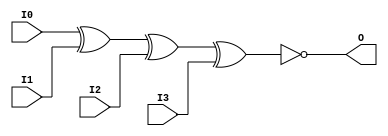
// $Header: /devl/xcs/repo/env/Databases/CAEInterfaces/verunilibs/data/uni9000/XNOR4.v,v 1.4 2007/05/23 20:05:17 patrickp Exp $
///////////////////////////////////////////////////////////////////////////////
// Copyright (c) 1995/2004 Xilinx, Inc.
// All Right Reserved.
///////////////////////////////////////////////////////////////////////////////
//   ____  ____
//  /   /\/   /
// /___/  \  /    Vendor : Xilinx
// \   \   \/     Version : 7.1i (H.19)
//  \   \         Description : Xilinx Functional Simulation Library Component
//  /   /                  4-input XNOR Gate
// /___/   /\     Filename : XNOR4.v
// \   \  /  \    Timestamp : Thu Mar 25 16:42:10 PST 2004
//  \___\/\___\
//
// Revision:
//    03/23/04 - Initial version.
//    05/23/07 - Changed timescale to 1 ps / 1 ps.

`timescale  1 ps / 1 ps

`celldefine

module XNOR4 (O, I0, I1, I2, I3);


    output O;

    input  I0, I1, I2, I3;

	xnor X1 (O, I0, I1, I2, I3);

    specify
	(I0 *> O) = (0, 0);
	(I1 *> O) = (0, 0);
	(I2 *> O) = (0, 0);
	(I3 *> O) = (0, 0);
    endspecify

endmodule

`endcelldefine